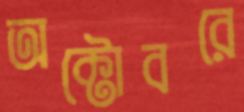
অক্টোবরে